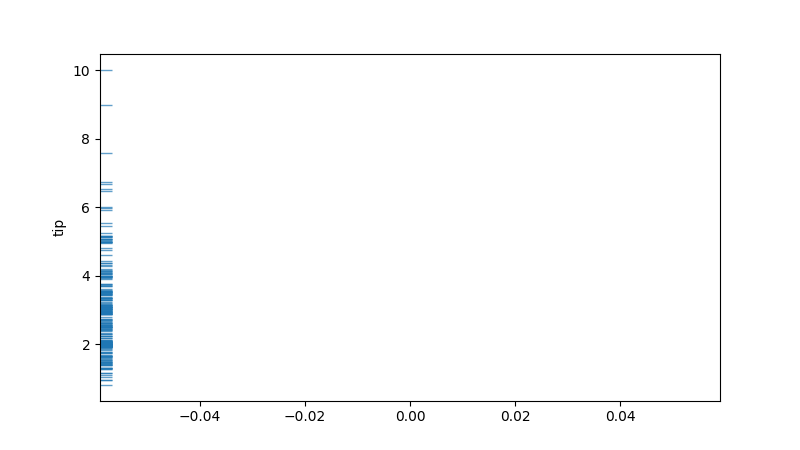
python, seaborn, rugplot, height=0.02, axis='y', alpha=0.7